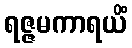
ရဇ္ဇမကာရယိံ